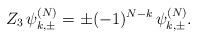
LaTeX: \begin{align*} Z_3\,\psi_{k,\pm}^{(N)}=\pm (-1)^{N-k}\,\psi_{k,\pm}^{(N)}.\end{align*}